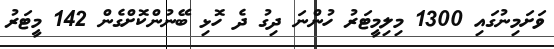
ވަށަމިނުގައި 1300 މިލިމީޓަރު ހުންނަ ދިގު ދެ ހޮޅި ބޭނުންކޮށްގެން 142 މީޓަރު